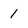
Character: 1